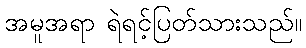
အမူအရာ ရဲရင့်ပြတ်သားသည်။